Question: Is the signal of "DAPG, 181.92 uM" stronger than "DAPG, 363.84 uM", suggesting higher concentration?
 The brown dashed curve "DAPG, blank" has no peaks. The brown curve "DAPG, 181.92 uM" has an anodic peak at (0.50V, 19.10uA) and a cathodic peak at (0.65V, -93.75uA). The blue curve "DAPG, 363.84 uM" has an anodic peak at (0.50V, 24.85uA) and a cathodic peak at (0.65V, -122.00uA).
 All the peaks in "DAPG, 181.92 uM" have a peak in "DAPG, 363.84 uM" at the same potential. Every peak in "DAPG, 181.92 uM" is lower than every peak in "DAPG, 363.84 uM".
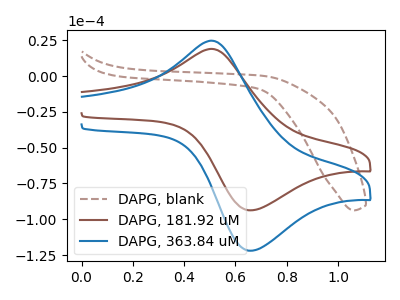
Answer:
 <answer>"DAPG, 181.92 uM" has less signal than "DAPG, 363.84 uM" and so likely has a lower concentration.</answer>
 <eval>less_concentration</eval>